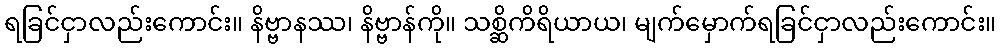
ရခြင်ငှာလည်းကောင်း။ နိဗ္ဗာနဿ၊ နိဗ္ဗာန်ကို။ သစ္ဆိကိရိယာယ၊ မျက်မှောက်ရခြင်ငှာလည်းကောင်း။